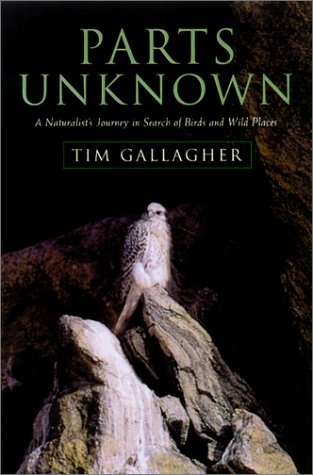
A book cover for Parts Unknown: A Naturalist's Journey in Search of Birds and Wild Places; Tim Gallagher; Travel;